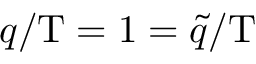
q / \mathrm { T } = 1 = \tilde { q } / \mathrm { T }